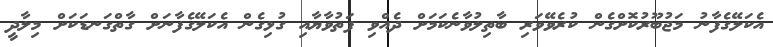
އެކަލޭގެފާނު މަޖުބޫރުކޮށްގެން ކުރެވޭވަރި ބާތިލުވާނެކަމަށް ދެއްވި ފަތުވާޔާއި ގުޅިގެން އެކަލޭގެފާނަށް ގާތްގަނޑަކަށް މިލާދީ